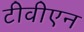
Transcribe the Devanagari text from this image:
टीवीएन